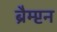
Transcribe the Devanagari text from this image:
ब्रैम्प्टन